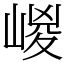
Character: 嵕